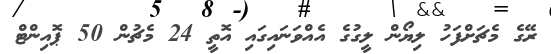
ރޭގެ މެޗަށްފަހު ލިޔޯން ލީގުގެ އެއްވަނައިގައި އޮތީ 24 މެޗުން 50 ޕޮއިންޓް